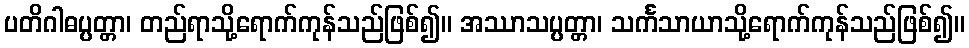
ပတိဂါဓပ္ပတ္တာ၊ တည်ရာသို့ရောက်ကုန်သည်ဖြစ်၍။ အဿာသပ္ပတ္တာ၊ သင်္ကသာယာသို့ရောက်ကုန်သည်ဖြစ်၍။